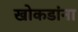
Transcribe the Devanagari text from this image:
खोकडांना